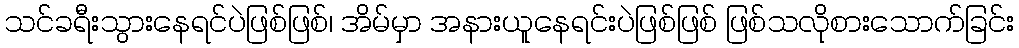
သင်ခရီးသွားနေရင်ပဲဖြစ်ဖြစ်၊ အိမ်မှာ အနားယူနေရင်းပဲဖြစ်ဖြစ် ဖြစ်သလိုစားသောက်ခြင်း